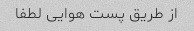
از طریق پست هوایی لطفا